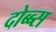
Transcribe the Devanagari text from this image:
दोब्ब्स